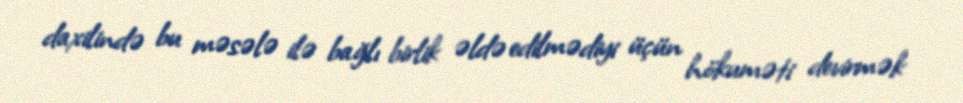
daxilində bu məsələ ilə bağlı birlik əldə edilmədiyi üçün hökuməti devirmək